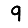
Digit: 9